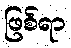
ဖြစ်ရာ